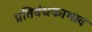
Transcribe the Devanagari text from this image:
प्रतिबंधकाभाव